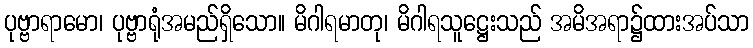
ပုဗ္ဗာရာမော၊ ပုဗ္ဗာရုံအမည်ရှိသော။ မိဂါရမာတု၊ မိဂါရသူဋ္ဌေးသည် အမိအရာ၌ထားအပ်သာ